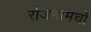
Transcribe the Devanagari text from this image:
रोजनामचों